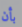
بأن